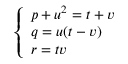
\left\{ { \begin{array} { l } { p + u ^ { 2 } = t + v } \\ { q = u ( t - v ) } \\ { r = t v } \end{array} } \right.